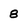
Character: 8